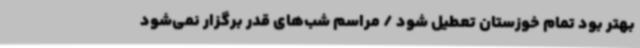
بهتر بود تمام خوزستان تعطیل شود / مراسم شب‌های قدر برگزار نمی‌شود